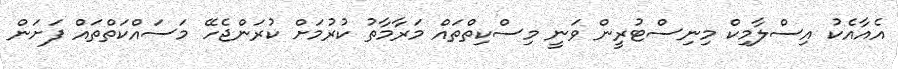
އެއާއެކު އިސްލާމިކް މިނިސްޓުރީން ވަނީ މިސްކިތްތައް މަރާމާތު ކުރުމަށް ކުރަންޖެހޭ މަސައްކަތްތައް ފަށަން